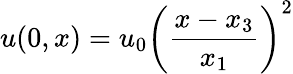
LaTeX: u(0,x)=u_{0}\left({\frac{x-x_{3}}{x_{1}}}\right)^{2}